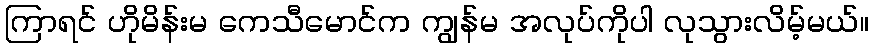
ကြာရင် ဟိုမိန်းမ ကေသီမောင်က ကျွန်မ အလုပ်ကိုပါ လုသွားလိမ့်မယ်။